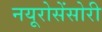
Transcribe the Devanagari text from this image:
नयूरोसेंसोरी